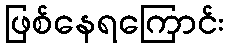
ဖြစ်နေရကြောင်း